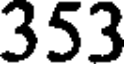
353